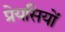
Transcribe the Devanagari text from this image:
प्रेयसियों